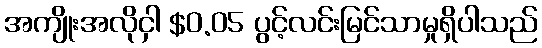
အကျိုးအလိုငှါ $0.05 ပွင့်လင်းမြင်သာမှုရှိပါသည်